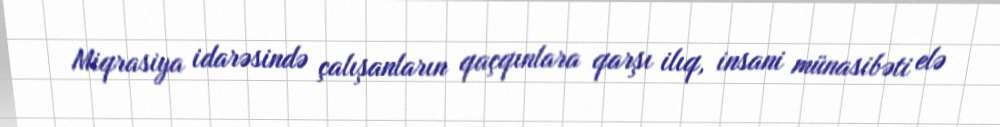
Miqrasiya idarəsində çalışanların qaçqınlara qarşı ilıq, insani münasibəti elə